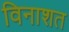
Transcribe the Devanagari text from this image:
विनाशत